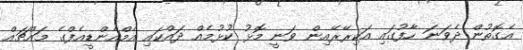
އެގޮތުން ދެވަނަ ހާފުގައި އަކިރޭރޭއިން ވަނީ މޮޅު ކުޅުމެއް ދައްކައި އެމްއެންޑީއެފްގެ މައްޗައް